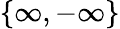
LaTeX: \{ \infty,-\infty\}